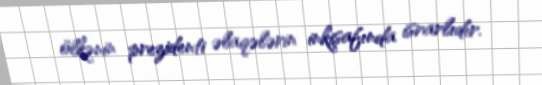
ölkənin prezidenti əlaqələrin inkişafında israrlıdır.